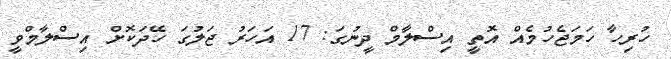
ހުރިހާ ހަމަޖެހުމެއް އޮތީ އިސްލާމް ދީނުގަ: 17 އަހަރު ޖަލުގަ ހޭދަކޮށް އިސްލާމްވީ